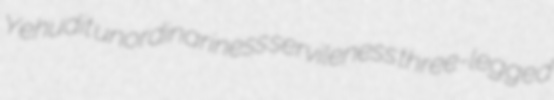
Yehudit unordinariness servileness three-legged